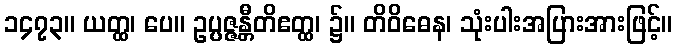
၁၄၇၃။ ယတ္ထ၊ ပေ။ ဥပ္ပဇ္ဇန္တီတိဧတ္ထ၊ ၌။ တိဝိဓေန၊ သုံးပါးအပြားအားဖြင့်။